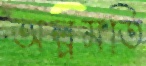
অল্পমতি